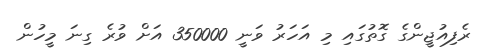
ރެފިއުޖީންގެ ގޮތުގައި މި އަހަރު ވަނީ 350000 އަށް ވުރެ ގިނަ މީހުން